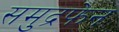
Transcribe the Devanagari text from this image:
समुद्रफेन